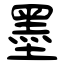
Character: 墨